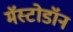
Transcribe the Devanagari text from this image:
मॅस्टोडॉन